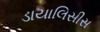
ડાયાલિસીસ